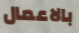
بالاعمال